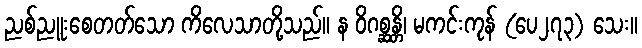
ညစ်ညူးစေတတ်သော ကိလေသာတို့သည်။ န ဝိဂစ္ဆန္တိ၊ မကင်းကုန် (ပေ၂၇၃) သေး။